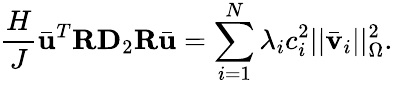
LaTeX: \frac{H}{J}\bar{\mathbf{u}}^{T}\mathbf{R}\mathbf{D}_{2}\mathbf{R}\bar{\mathbf{u}}=\sum_{i=1}^{N}\lambda_{i}c_{i}^{2}||\bar{\mathbf{v}}_{i}||_{\Omega}^{2}.